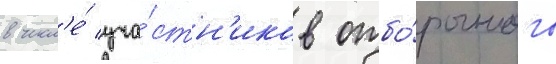
в числ'е́ уча́стн'иков отбо́рочного